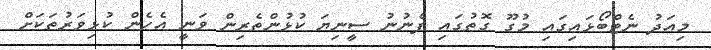
މިއަދު ނެޓްބޯޅައިގައި މުގޫ ގޮތުގައި ފެނުނު ސީނިޔަ ކުޅުންތެރިން ވަނީ އެހެން ކުޅިވަރުތަކަށް